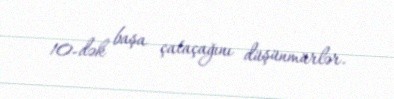
10-dək başa çataçağını düşünmürlər.